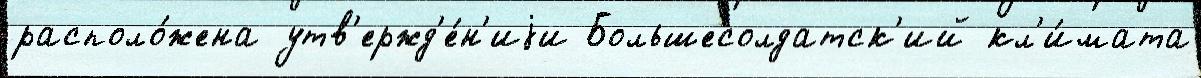
располо́жена утв'ержд'е́н'иjи Большесолдатск'ий кл'и́мата